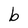
Character: b